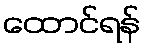
ထောင်ရန်